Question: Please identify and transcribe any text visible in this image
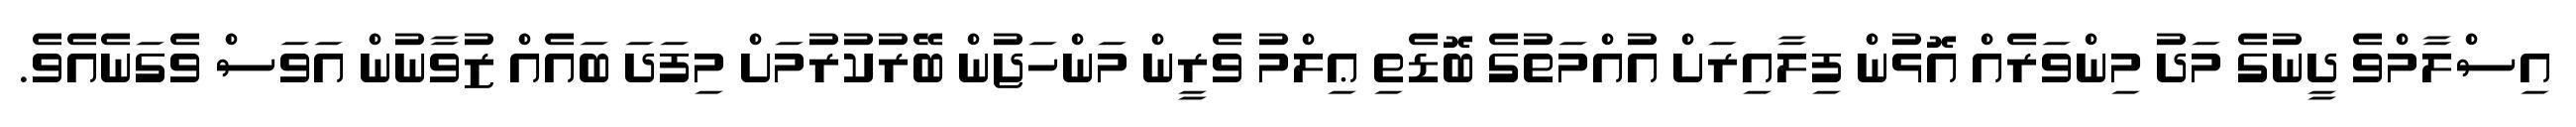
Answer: އިސްލާމްވެ ދީނުގެ މަދު މިންވަރެއް އޮޅުން ފިލާއިރަށް އުއްމަތުގެ ބޮޑެތި ޢިލްމު ވެރީން މަންހަޖުން ބޭރުކުރުމަށް މިފަދަ ބައެއް ޒުވާނުން އަވަސް ވެގަނެއެވެ.